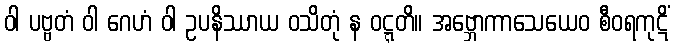
ဝါ ပဗ္ဗတံ ဝါ ဂေဟံ ဝါ ဥပနိဿာယ ဝသိတုံ န ဝဋ္ဋတိ။ အဗ္ဘောကာသေယေဝ စီဝရကုဋိံ